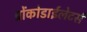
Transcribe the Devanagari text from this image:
ब्रोंकोडाईलेटर्स